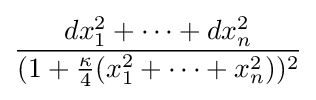
{\frac {dx_{1}^{2}+\cdots +dx_{n}^{2}}{(1+{\frac {\kappa }{4}}(x_{1}^{2}+\cdots +x_{n}^{2}))^{2}}}